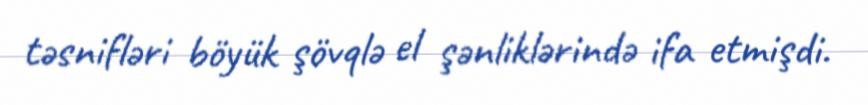
təsnifləri böyük şövqlə el şənliklərində ifa etmişdi.